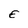
Character: E